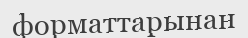
форматтарынан